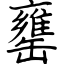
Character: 罋